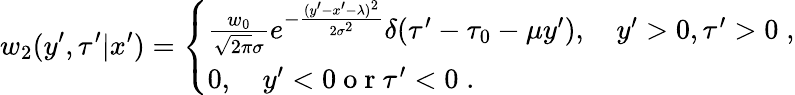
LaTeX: w_{2}(y^{\prime},\tau^{\prime}|x^{\prime})=\left\{ \begin{array}{l}{{\frac{w_{0}}{\sqrt{2\pi}\sigma}}e^{-{\frac{(y^{\prime}-x^{\prime}-\lambda)^{2}}{2\sigma^{2}}}}\delta(\tau^{\prime}-\tau_{0}-\mu y^{\prime}),\quad y^{\prime}>0,\tau^{\prime}>0\; ,}\\ {0,\quad y^{\prime}<0\mathrm{~o~r~}\tau^{\prime}<0\; .}\end{array}\right.